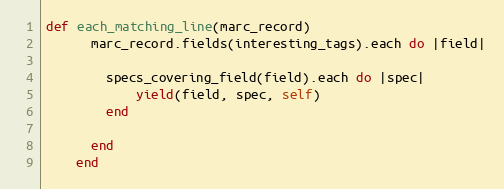
Language: Ruby
def each_matching_line(marc_record)
      marc_record.fields(interesting_tags).each do |field|

        specs_covering_field(field).each do |spec|
            yield(field, spec, self)
        end

      end
    end